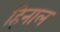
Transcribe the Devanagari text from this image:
हिनाल